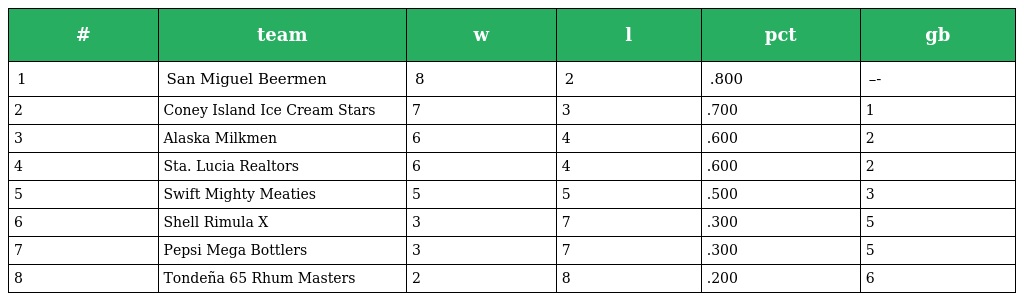
| # | team | w | l | pct | gb |
 | --- | --- | --- | --- | --- | --- |
 | 1 | San Miguel Beermen | 8 | 2 | .800 | –- |
 | 2 | Coney Island Ice Cream Stars | 7 | 3 | .700 | 1 |
 | 3 | Alaska Milkmen | 6 | 4 | .600 | 2 |
 | 4 | Sta. Lucia Realtors | 6 | 4 | .600 | 2 |
 | 5 | Swift Mighty Meaties | 5 | 5 | .500 | 3 |
 | 6 | Shell Rimula X | 3 | 7 | .300 | 5 |
 | 7 | Pepsi Mega Bottlers | 3 | 7 | .300 | 5 |
 | 8 | Tondeña 65 Rhum Masters | 2 | 8 | .200 | 6 |